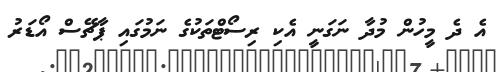
އެ ދެ މީހުން މުދާ ނަގަނީ އެކި ރިސޯޓްތަކުގެ ނަމުގައި ޕާޗޭސް އޯޑަރު